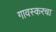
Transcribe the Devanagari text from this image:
गावस्करचा